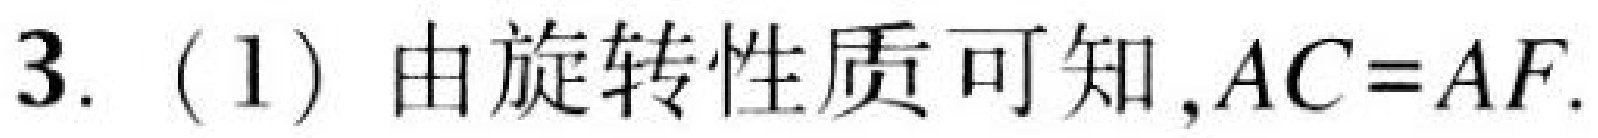
3.（1）由旋转性质可知，\(AC = AF\).